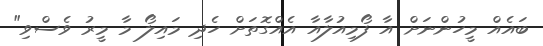
ބައެއް މީހުންނަށް އާ ފޯމިއުލާއާ އެއްގޮތަށް ހެދި މައިލޯ މާ މީރު ވެސްވި"